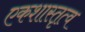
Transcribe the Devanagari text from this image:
एकशास्तृत्व